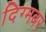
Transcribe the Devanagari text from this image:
दिग्मबर